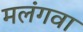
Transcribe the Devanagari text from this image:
मलंगवा